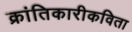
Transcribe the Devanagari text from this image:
क्रांतिकारीकविता